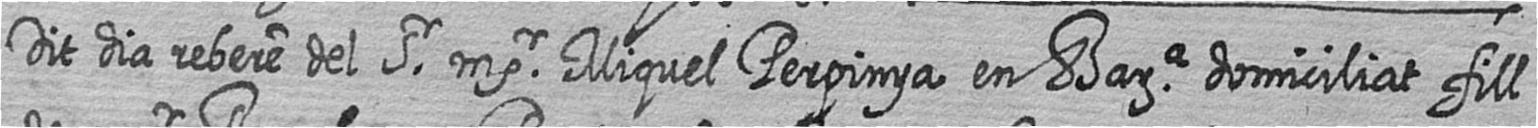
Dit dia rebere del Sr msr Miquel Perpinya en Bara domiciliat fill